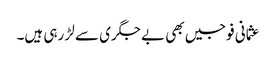
عثمانی فوجیں بھی بے جگری سے لڑ رہی ہیں۔